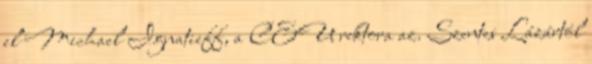
el Michael Ignatieff, a CEU rektora az. Szentes Lázártól